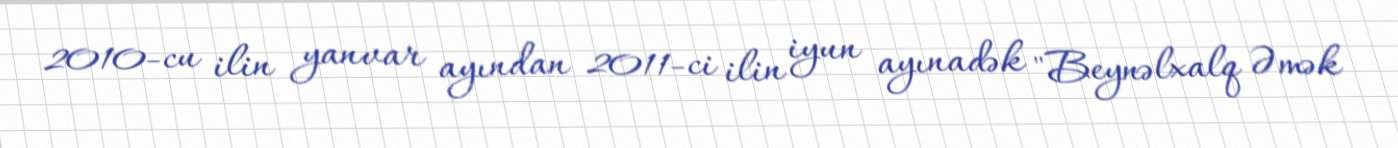
2010-cu ilin yanvar ayından 2011-ci ilin iyun ayınadək "Beynəlxalq Əmək